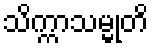
သိက္ကာသမ္မုတိ